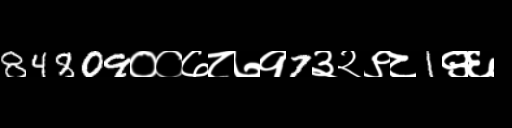
Text: 84809००७८७१7३२९८1९६